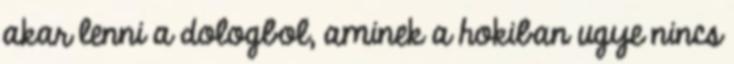
akar lenni a dologbol, aminek a hokiban ugye nincs